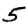
Digit: 5